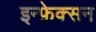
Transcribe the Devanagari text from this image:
इन्फ़ेक्सन